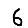
Digit: 6